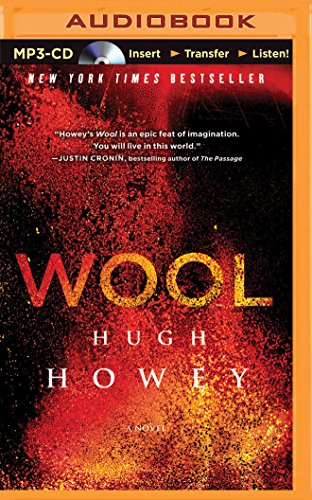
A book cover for Wool; Hugh Howey; Science Fiction & Fantasy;